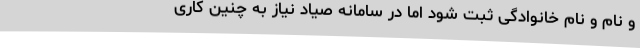
و نام و نام خانوادگی ثبت شود اما در سامانه صیاد نیاز به چنین کاری